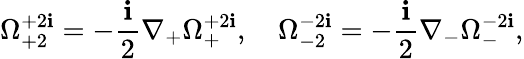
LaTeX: \Omega_{+2}^{+2\mathbf{i}}=-\frac{{\mathbf{i}}}{{2}}\nabla_{+}\Omega_{+}^{+2\mathbf{i}},\quad\Omega_{-2}^{-2\mathbf{i}}=-\frac{{\mathbf{i}}}{{2}}\nabla_{-}\Omega_{-}^{-2\mathbf{i}},